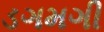
ડગમગી